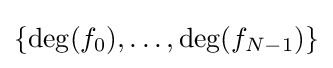
\{\deg(f_{0}),\ldots ,\deg(f_{N-1})\}